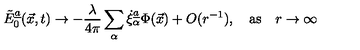
\tilde { E } _ { 0 } \sp { \underline { { a } } } ( \vec { x } , t ) \rightarrow - { \frac { \lambda } { 4 \pi } } \sum _ { \alpha } \dot { \xi } _ { \alpha } \sp { \underline { { a } } } \Phi ( \vec { x } ) + O ( r \sp { - 1 } ) , \quad \mathrm { a s } \quad r \rightarrow \infty \